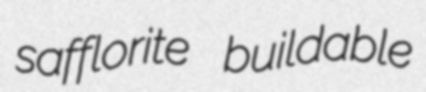
safflorite buildable